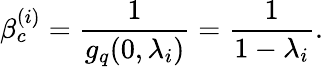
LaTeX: \beta_{c}^{(i)}=\frac{1}{g_{q}(0,\lambda_{i})}=\frac{1}{1-\lambda_{i}}.